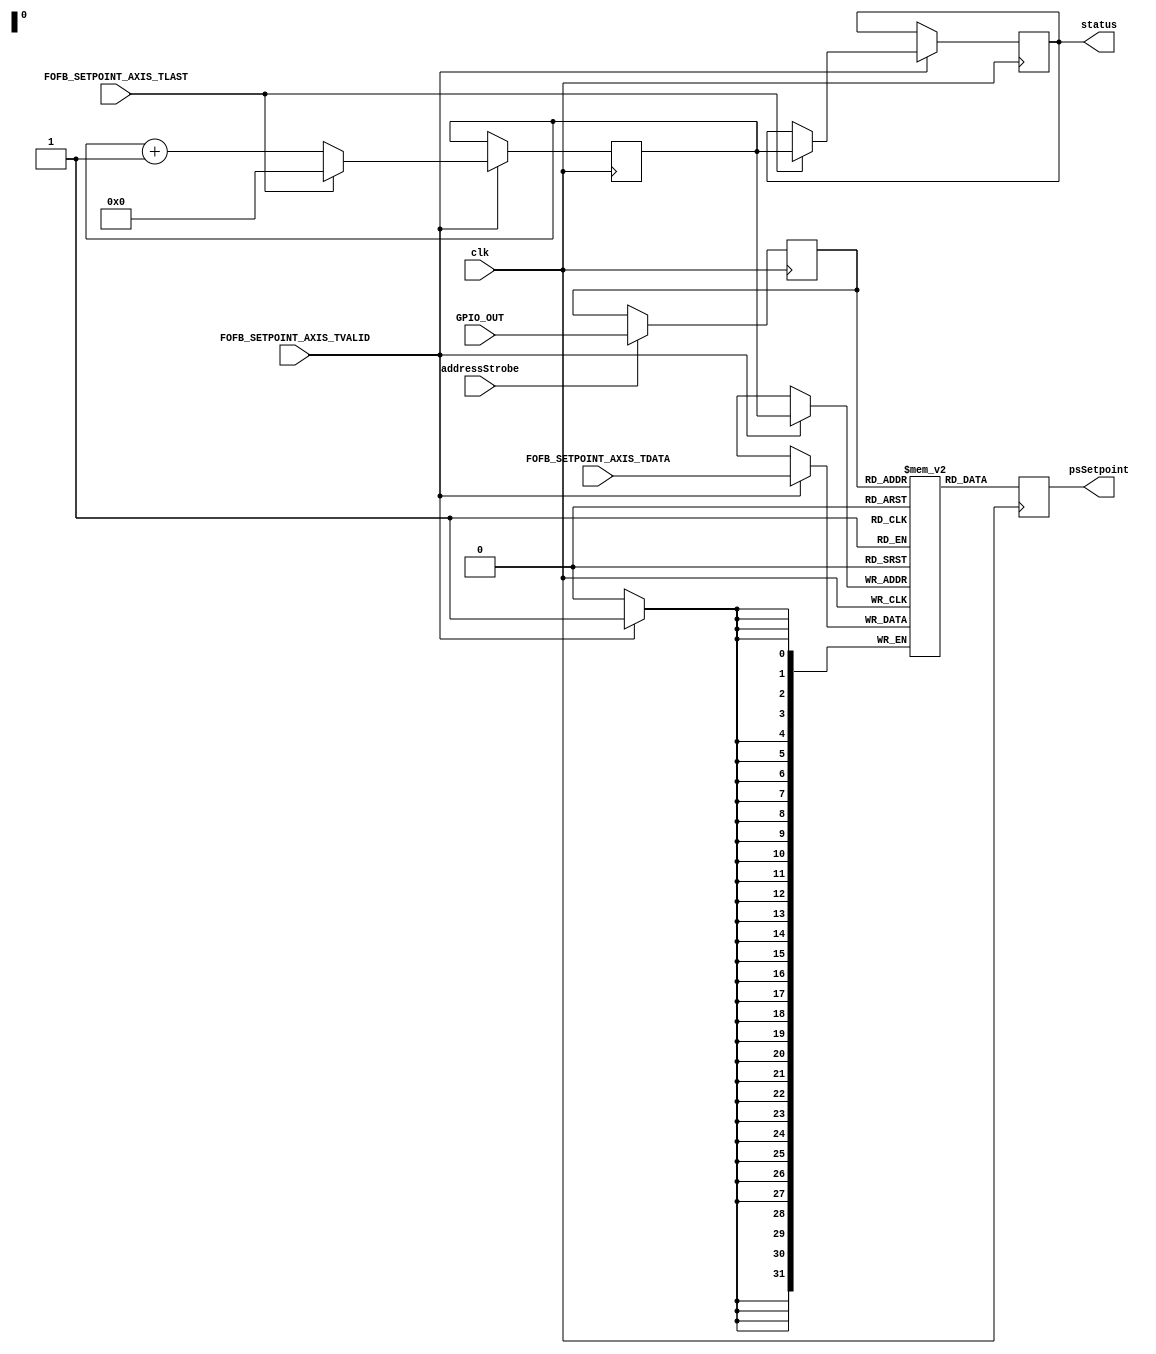
module psSetpointMonitor #(
    parameter SETPOINT_COUNT = -1,
    parameter DATA_WIDTH     = 32,
    parameter DEBUG          = "false"
    ) (
    input                                       clk,
    (*mark_debug=DEBUG*) input                  FOFB_SETPOINT_AXIS_TVALID,
    (*mark_debug=DEBUG*) input                  FOFB_SETPOINT_AXIS_TLAST,
    (*mark_debug=DEBUG*) input [DATA_WIDTH-1:0] FOFB_SETPOINT_AXIS_TDATA,

    input                        addressStrobe,
    input       [DATA_WIDTH-1:0] GPIO_OUT,
    output wire [DATA_WIDTH-1:0] psSetpoint,
    output wire [DATA_WIDTH-1:0] status);

localparam ADDRESS_WIDTH = $clog2(SETPOINT_COUNT);
localparam FILL_NUMBER_WIDTH = 4;

reg [ADDRESS_WIDTH-1:0] inputAddress=0, outputAddress=0, highwaterAddress=0;
reg [DATA_WIDTH-1:0] dpram [0:(1 << ADDRESS_WIDTH) - 1], dpramQ;
reg [FILL_NUMBER_WIDTH-1:0] fillNumber = 0;

assign psSetpoint = dpramQ;
assign status = { {8-FILL_NUMBER_WIDTH{1'b0}}, fillNumber, 
                  {DATA_WIDTH-ADDRESS_WIDTH-8{1'b0}}, highwaterAddress };

always @(posedge clk) begin
    if (FOFB_SETPOINT_AXIS_TVALID) begin
        dpram[inputAddress] <= FOFB_SETPOINT_AXIS_TDATA;
    end
    if (FOFB_SETPOINT_AXIS_TVALID) begin
        if (FOFB_SETPOINT_AXIS_TLAST) begin
            highwaterAddress <= inputAddress;
            inputAddress <= 0;
            fillNumber <= fillNumber + 1;
        end
        else begin
            inputAddress <= inputAddress + 1;
        end
    end

    dpramQ <= dpram[outputAddress];
    if (addressStrobe) begin
        outputAddress <= GPIO_OUT[ADDRESS_WIDTH-1:0];
    end
end

endmodule